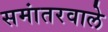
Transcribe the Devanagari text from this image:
समांतरवाले